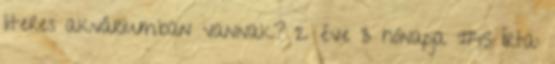
literes akváriumban vannak? 2 éve 3 hónapja #15 Írta: